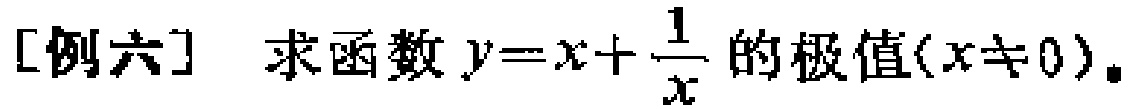
[例六] 求函数 \(y = x+\frac{1}{x}\) 的极值\((x\neq 0)\)。